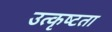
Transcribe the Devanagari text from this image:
उत्कृष्‍टता